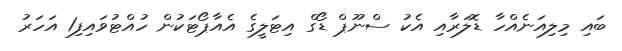
ބައި މިލިއަނެއްހާ ޑޮލަރާއި އެކު ސްނޫޕް ޑޯގް އިޓަލީގެ އެއާޕޯޓަކުން ހުއްޓުވައިފި1 އަހަރު